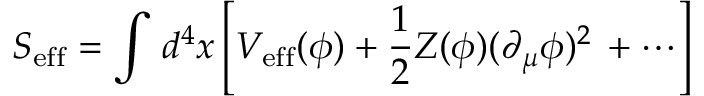
S _ { \mathrm { e f f } } = \int \, d ^ { 4 } x \left[ V _ { \mathrm { e f f } } ( \phi ) + \frac { 1 } { 2 } Z ( \phi ) ( \partial _ { \mu } \phi ) ^ { 2 } \, + \cdots \right]